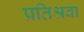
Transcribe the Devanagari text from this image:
प्रतिश्रवा